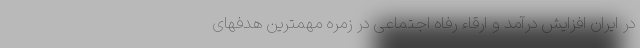
در ایران افزایش درآمد و ارقاء رفاه اجتماعی در زمره مهمترین هدفهای